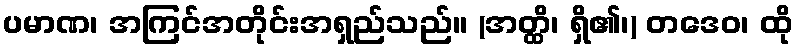
ပမာဏ၊ အကြင်အတိုင်းအရှည်သည်။ (အတ္ထိ၊ ရှိ၏၊) တဒေဝ၊ ထို